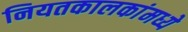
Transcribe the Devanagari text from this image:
नियतकालकांमध्ये